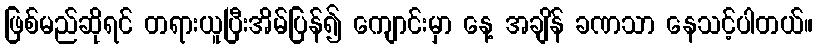
ဖြစ်မည်ဆိုရင် တရားယူပြီးအိမ်ပြန်၍ ကျောင်းမှာ နေ့ အချိန် ခဏသာ နေသင့်ပါတယ်။